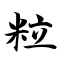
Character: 粒